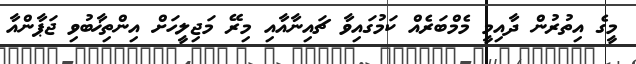
މީގެ އިތުރުން ދާއިމީ މެމްބަރެއް ކަމުގައިވާ ޗައިނާއާއި މިރޭ މަޖިލީހަށް އިންތިޚާބުވި ޖަޕާންއާ